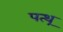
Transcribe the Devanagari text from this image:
पत्थ्र